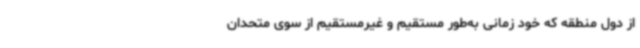
از دول منطقه که خود زمانی به‌طور مستقیم و غیرمستقیم از سوی متحدان